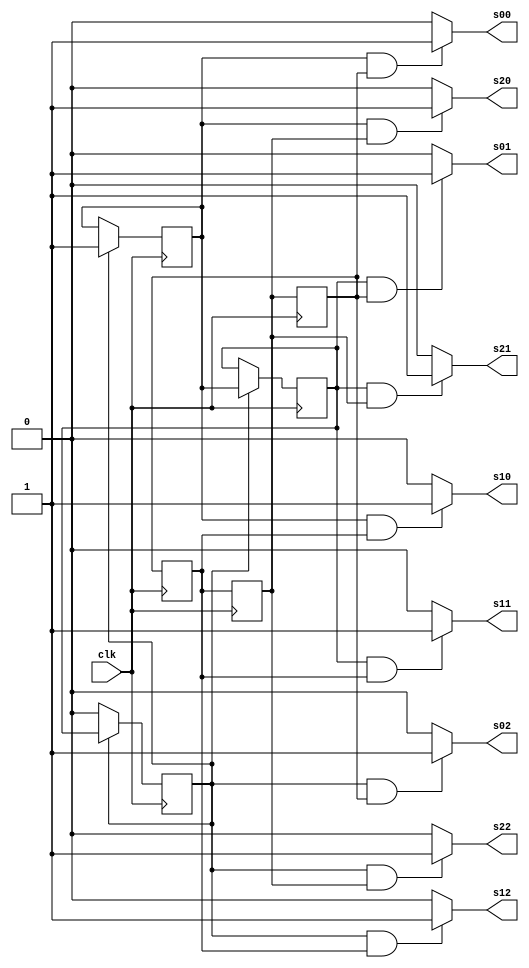
module three_by_three_scan(clk, s00, s01, s02, s10, s11, s12, s20, s21, s22);
	input clk;
	output s00, s01, s02, s10, s11, s12, s20, s21, s22;

	reg x0, x1, x2, y0, y1, y2;
	initial x0 = 1;
	initial x1 = 0;
	initial x2 = 0;
	initial y0 = 1;
	initial y1 = 0;
	initial y2 = 0;

	always @(posedge clk) begin
		y0 <= y2;
		y1 <= y0;
		y2 <= y1;
			
		if (x2 == 1) begin
			x0 <= x2;
			x1 <= x0;
			x2 <= x1;
		end
	end

	assign s00 = (x0 && y0) ? 1 : 0;
	assign s01 = (x1 && y0) ? 1 : 0;
	assign s02 = (x2 && y0) ? 1 : 0;
	assign s10 = (x0 && y1) ? 1 : 0;
	assign s11 = (x1 && y1) ? 1 : 0;
	assign s12 = (x2 && y1) ? 1 : 0;
	assign s20 = (x0 && y2) ? 1 : 0;
	assign s21 = (x1 && y2) ? 1 : 0;
	assign s22 = (x2 && y2) ? 1 : 0;

endmodule